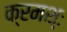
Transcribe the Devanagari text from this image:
क्रमश्ः